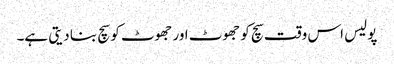
پولیس اس وقت سچ کو جھوٹ اور جھوٹ کو سچ بنا دیتی ہے۔